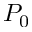
P _ { 0 }